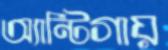
অ্যান্টিগায়